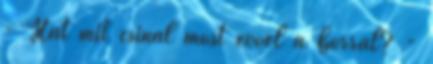
- Hát mit csinál most evvel a borral? -